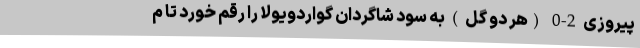
پیروزی 2-0 (هر دو گل ) به سود شاگردان گواردویولا را رقم خورد تا م